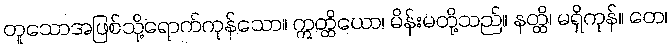
တူသောအဖြစ်သို့ရောက်ကုန်သော။ ဣတ္ထိယော၊ မိန်းမတို့သည်။ နတ္ထိ၊ မရှိကုန်။ တေ၊